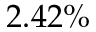
2 . 4 2 \%